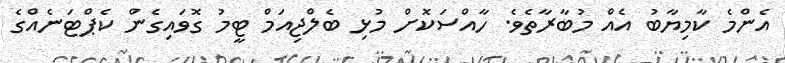
އެންމެ ކާމިޔާބު އެއް މުބާރާތެވެ. ހާއްސަކޮށް މުޅި ބެލްޖިއަމް ޓީމު ގޮވައިގެން ކެޕްޓަނެއްގެ